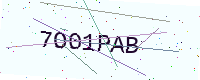
Text: 7O01PAB